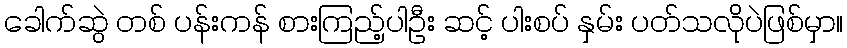
ခေါက်ဆွဲ တစ် ပန်းကန် စားကြည့်ပါဦး ဆင့် ပါးစပ် နှမ်း ပတ်သလိုပဲဖြစ်မှာ။